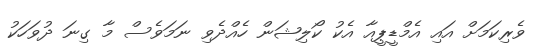
ވެރިކަމަށް އައި އެމްޑީޕީއާ އެކު ކޯލިޝަން ހެއްދެވި ނަމަވެސް މާ ގިނަ ދުވަހަކު